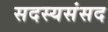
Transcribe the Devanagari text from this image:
सदस्यसंसद